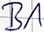
Text: B1